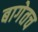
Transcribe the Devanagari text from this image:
बागेतच